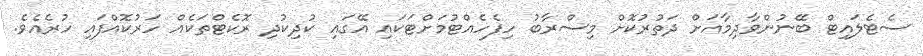
ސެޓެލައިޓް ބޭނުންވާދިމާއަށް ދަތުރުކޮށް މިސްރާބު ހިފެހެއްޓުމަށްޓަކައި އޭގައި ކުދިކުދި ރޮކެޓްތަކެއް ހަރުކޮއްފައި ހުރެއެވެ.